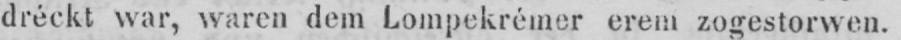
dréckt war, waren dem Lompekrémer erem zogestorwen.